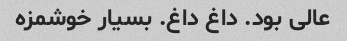
عالی بود. داغ داغ. بسیار خوشمزه